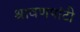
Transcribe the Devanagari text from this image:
श्रावणपांटी